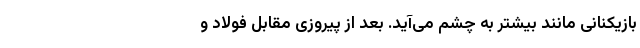
بازیکنانی مانند بیشتر به چشم می‌آید. بعد از پیروزی مقابل فولاد و